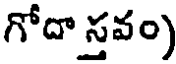
గోదా స్తవం)